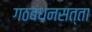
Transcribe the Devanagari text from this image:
गठबंधनसत्ता